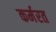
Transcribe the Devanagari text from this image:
कर्मरत